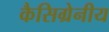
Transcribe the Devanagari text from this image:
कैसिग्रेनीय